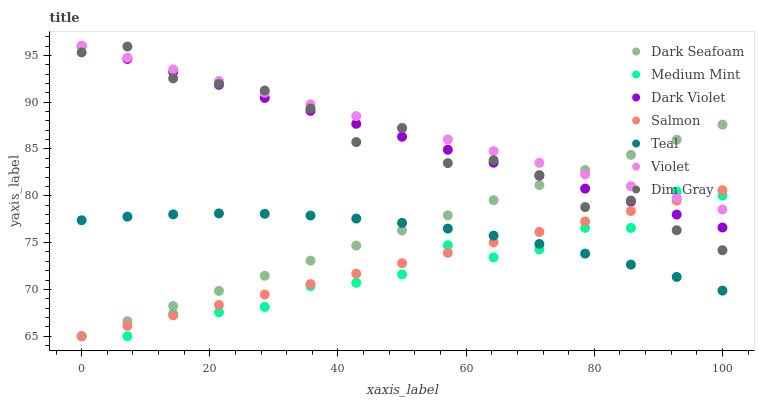
| xaxis_label | Dark Seafoam | Medium Mint | Dark Violet | Salmon | Teal | Violet | Dim Gray |
 | --- | --- | --- | --- | --- | --- | --- | --- |
 | 0 | 65 | 65 | 96 | 65 | 77.4 | 96 | 95.3 |
 | 7.14 | 66.6 | 65 | 94.6 | 66.1 | 77.8 | 94.8 | 95.9 |
 | 14.3 | 68.2 | 67.4 | 93.2 | 67.2 | 78 | 93.5 | 92.5 |
 | 21.4 | 69.8 | 67.6 | 91.8 | 68.3 | 78.1 | 92.3 | 92 |
 | 28.6 | 71.5 | 68.1 | 90.5 | 69.5 | 78.1 | 91 | 91.2 |
 | 35.7 | 73.1 | 70.3 | 89.1 | 70.6 | 77.9 | 89.8 | 89.3 |
 | 42.9 | 74.7 | 70.7 | 87.7 | 71.7 | 77.6 | 88.5 | 85.7 |
 | 50 | 76.3 | 71.6 | 86.3 | 72.8 | 77.1 | 87.3 | 87.2 |
 | 57.1 | 77.9 | 74.7 | 84.9 | 73.9 | 76.5 | 86 | 83.5 |
 | 64.3 | 79.5 | 73.4 | 83.5 | 75 | 75.7 | 84.8 | 83.8 |
 | 71.4 | 81.1 | 74.3 | 82.2 | 76.1 | 74.9 | 83.5 | 82.2 |
 | 78.6 | 82.8 | 76.6 | 80.8 | 77.3 | 73.8 | 82.3 | 78.8 |
 | 85.7 | 84.4 | 76.6 | 79.4 | 78.4 | 72.7 | 81 | 79.5 |
 | 92.9 | 86 | 80.5 | 78 | 79.5 | 71.3 | 79.8 | 76.3 |
 | 100 | 87.6 | 80 | 76.6 | 80.6 | 69.9 | 78.5 | 74.2 |